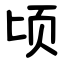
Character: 顷